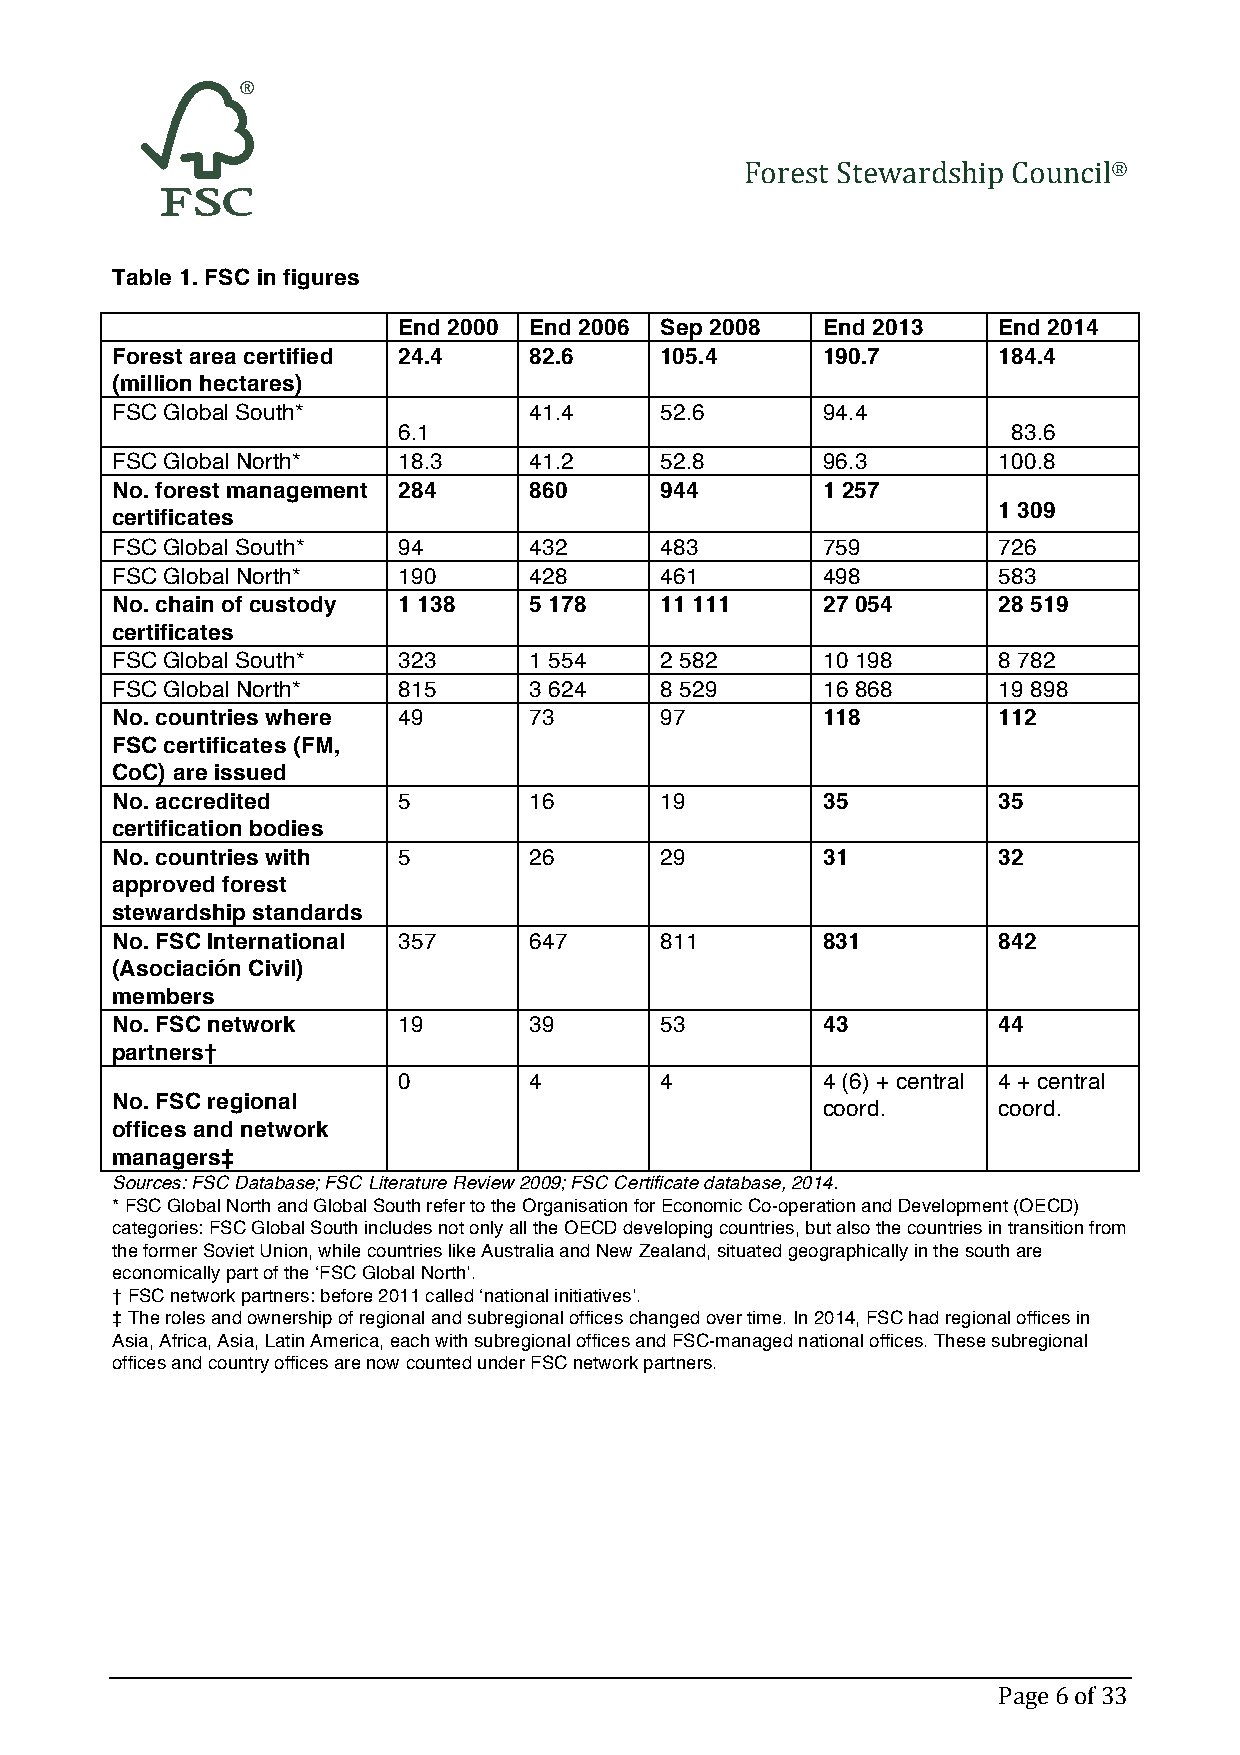
Forest Stewardship Council®
 Table 1. FSC in figures
 End 2000 End 2006 Sep 2008  End 2013    End 2014
 Forest area certified 24.4  82.6     105.4     190.7       184.4
 (million hectares)
 FSC Global South*           41.4     52.6      94.4
 6.1                                      83.6
 FSC Global North*  18.3     41.2     52.8      96.3        100.8
 No. forest management 284   860      944       1 257
 1 309
 certificates
 FSC Global South*  94       432      483       759         726
 FSC Global North*  190      428      461       498         583
 No. chain of custody 1 138  5 178    11 111    27 054      28 519
 certificates
 FSC Global South*  323      1 554    2 582     10 198      8 782
 FSC Global North*  815      3 624    8 529     16 868      19 898
 No. countries where 49      73       97        118         112
 FSC certificates (FM,
 CoC) are issued
 No. accredited     5        16       19        35          35
 certification bodies
 No. countries with 5        26       29        31          32
 approved forest
 stewardship standards
 No. FSC International 357   647      811       831         842
 (Asociación Civil)
 members
 No. FSC network    19       39       53        43          44
 partners†
 0        4        4         4 (6) + central 4 + central
 No. FSC regional
 coord.      coord.
 offices and network
 managers‡
 Sources: FSC Database; FSC Literature Review 2009; FSC Certificate database, 2014.
 * FSC Global North and Global South refer to the Organisation for Economic Co-operation and Development (OECD)
 categories: FSC Global South includes not only all the OECD developing countries, but also the countries in transition from
 the former Soviet Union, while countries like Australia and New Zealand, situated geographically in the south are
 economically part of the ‘FSC Global North’.
 † FSC network partners: before 2011 called ‘national initiatives’.
 ‡ The roles and ownership of regional and subregional offices changed over time. In 2014, FSC had regional offices in
 Asia, Africa, Asia, Latin America, each with subregional offices and FSC-managed national offices. These subregional
 offices and country offices are now counted under FSC network partners.
 Page 6 of 33